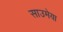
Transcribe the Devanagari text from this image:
साउमेया